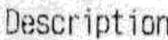
DESCRIPTION